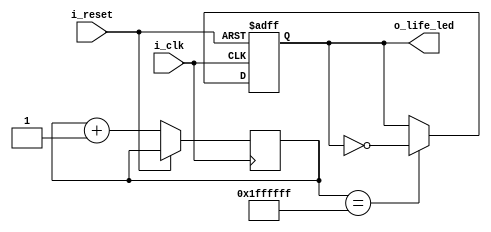
module life_led(
	input 		i_clk,
	input 		i_reset,
	output reg 	o_life_led
);
	
	reg [24:0] counter;
	
	always @(posedge i_clk, posedge i_reset) begin
		if (i_reset) begin
			o_life_led <= 0;
		end else begin
			counter 	<= counter + 1;
			o_life_led 	<= (counter == {25{1'b1}}) ? ~o_life_led: o_life_led;
		end
	end
	
endmodule